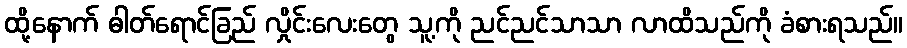
ထို့နောက် ဓါတ်ရောင်ခြည် လှိုင်းလေးတွေ သူ့ကို ညင်ညင်သာသာ လာထိသည်ကို ခံစားရသည်။